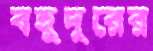
বহুদুরের